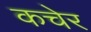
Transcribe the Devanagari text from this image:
कचेर